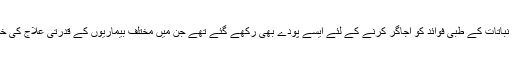
اس zoneمیں نباتات کے طبّی فوائد کو اجاگر کرنے کے لئے ایسے پودے بھی رکھے گئے تھے جن میں مختلف بیماریوں کے قدرتی علاج کی خصوصیات ہیں۔